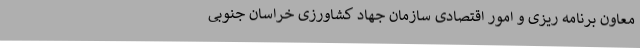
معاون برنامه ریزی و امور اقتصادی سازمان جهاد کشاورزی خراسان جنوبی